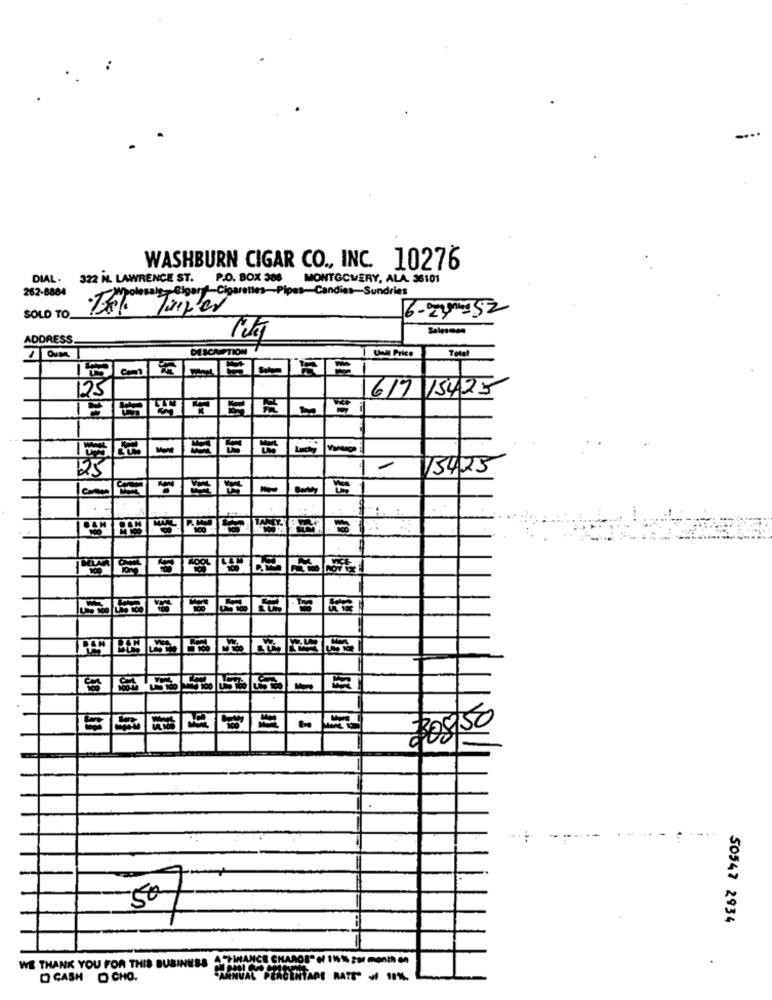
WASHBURN CIGAR CO ., INC. 10276
DIAL.
322 H. LAWRENCE ST. P.O. BOX 386 MONTGOMERY, ALA. 36101
262-8884
·Tel. Treper
6-20152
SOLD TO.
ADDRESS
DESCRIPTION
Total
Unit Price
ALBARE
617 15425
25
15425
H
$08 50
50
50547 2934
WE THANK YOU FOR THIS BUSINESS GLOSS HADE RATTO + 11%.
D CASH O CHO.